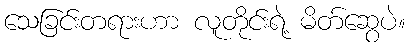
သေခြင်းတရားဟာ လူတိုင်းရဲ့ မိတ်ဆွေပဲ။